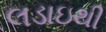
લડાઇથી